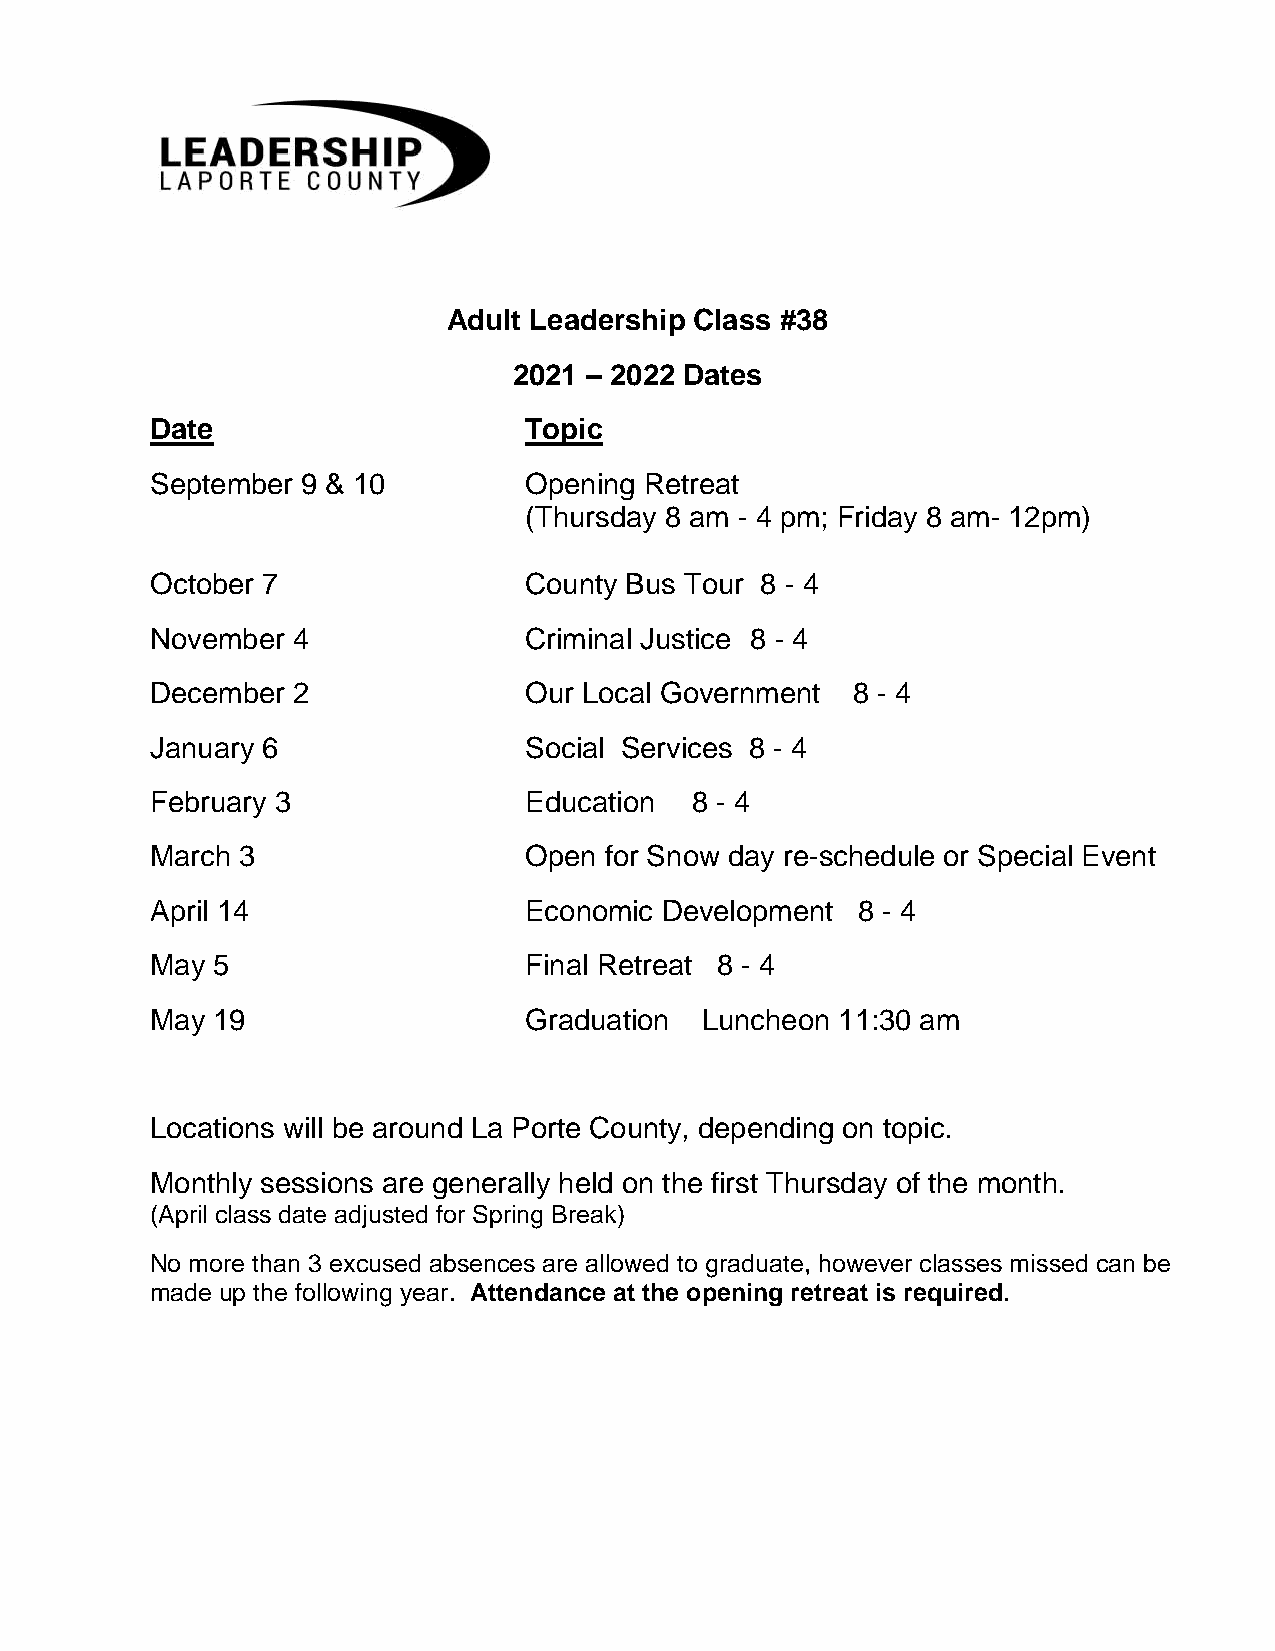
Adult Leadership Class #38
 2021 – 2022 Dates
 Date                     Topic
 September 9 & 10         Opening Retreat
 (Thursday 8 am - 4 pm; Friday 8 am- 12pm)
 October 7                County Bus Tour 8 - 4
 November 4               Criminal Justice 8 - 4
 December 2               Our Local Government 8 - 4
 January 6                Social Services 8 - 4
 February 3               Education  8 - 4
 March 3                  Open for Snow day re-schedule or Special Event
 April 14                 Economic Development  8 - 4
 May 5                    Final Retreat 8 - 4
 May 19                   Graduation Luncheon  11:30 am
 Locations will be around La Porte County, depending on topic.
 Monthly sessions are generally held on the first Thursday of the month.
 (April class date adjusted for Spring Break)
 No more than 3 excused absences are allowed to graduate, however classes missed can be
 made up the following year. Attendance at the opening retreat is required.